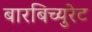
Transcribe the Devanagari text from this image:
बारबिच्युरेट